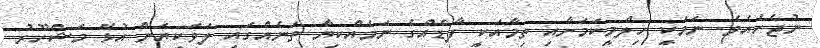
ނުޖެހެއެވެ. ނަމަކީ ހިލްމީކަމަށާއި ތިމާއަކީ ފާޑެއްގެ ނަމެއްކިޔާ ތަނެއްގައި ލަވަކިޔަން އުޅޭ މަޝްހޫރު